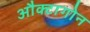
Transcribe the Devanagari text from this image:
औक्टागोन